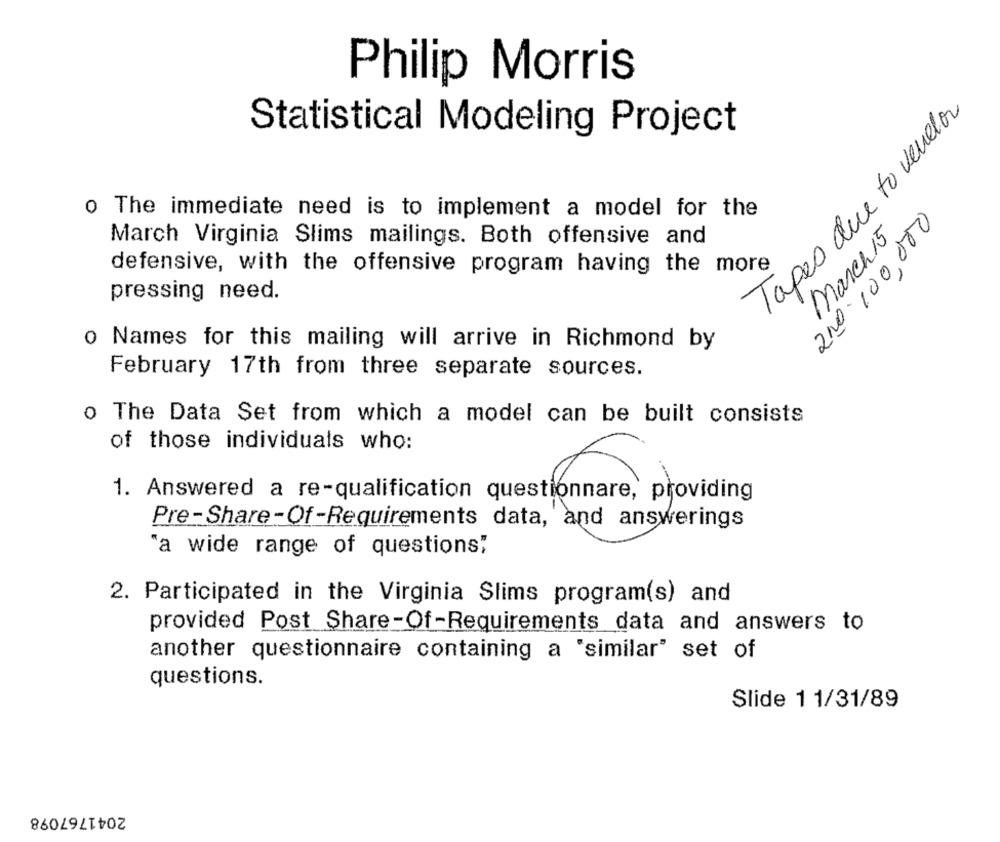
Philip Morris
Tapes due to venelor
Statistical Modeling Project
o The immediate need is to implement a model for the
200 100,000
March 15
March Virginia Slims mailings. Both offensive and
defensive, with the offensive program having the more
pressing need.
o Names for this mailing will arrive in Richmond by
February 17th from three separate sources.
o The Data Set from which a model can be built consists
of those individuals who:
1. Answered a re-qualification questionnare, providing
Pre-Share-Of-Requirements data, and answerings
"a wide range of questions"
2. Participated in the Virginia Slims program(s) and
provided Post Share-Of-Requirements data and answers to
another questionnaire containing a "similar" set of
questions.
Slide 11/31/89
2041767098